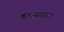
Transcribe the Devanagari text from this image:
बाजीरावा